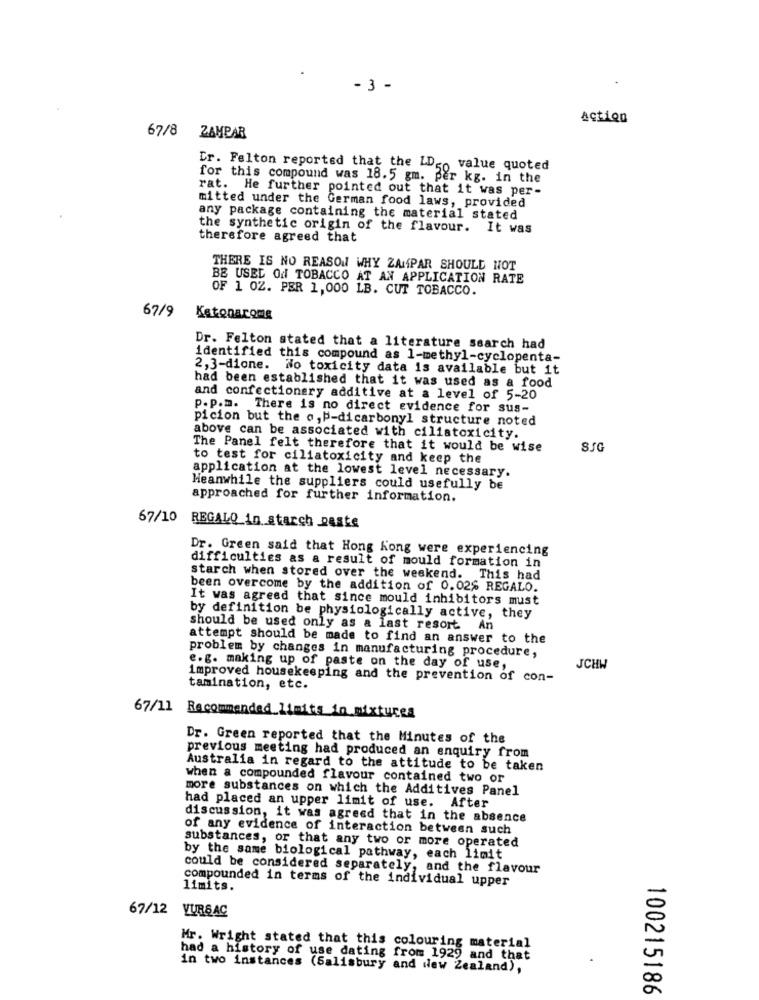
- 3 -
Action
67/8 ZAMPAR
Dr. Felton reported that the LD- value quoted
for this compound was 18.5 gm. per kg. in the
rat. He further pointed out that it was per-
mitted under the German food laws, provided
any package containing the material stated
the synthetic origin of the flavour. It was
therefore agreed that
THERE IS NO REASON WHY ZAMPAR SHOULD NOT
BE USEL Of TOBACCO AT AN APPLICATION RATE
OF 1 OZ. PER 1,000 LB. CUT TOBACCO.
67/9
Katonarome
Dr. Felton stated that a literature search had
identified this compound as 1-methyl-cyclopenta-
2,3-dione. No toxicity data is available but it
had been established that it was used as a food
and confectionery additive at a level of 5-20
p.p.m. There is no direct evidence for sus-
picion but the o, P-dicarbonyl structure noted
above can be associated with ciliatoxicity.
The Panel felt therefore that it would be wise
to test for ciliatoxicity and keep the
application at the lowest level necessary.
Meanwhile the suppliers could usefully be
approached for further information.
67/10
REGALO in starch paste
Dr. Green said that Hong Kong were experiencing
difficulties as a result of mould formation in
starch when stored over the weekend. This had
been overcome by the addition of 0.02% REGALO.
It was agreed that since mould inhibitors must
by definition be physiologically active, they
should be used only as a last resort An
attempt should be made to find an answer to the
problem by changes in manufacturing procedure,
e.g. making up of paste on the day of use,
JCHH
improved housekeeping and the prevention of con-
tamination, etc.
67/11 Recommended limits in mixtures
Dr. Green reported that the Minutes of the
previous meeting had produced an enquiry from
Australia in regard to the attitude to be taken
when a compounded flavour contained two or
more substances on which the Additives Panel
had placed an upper limit of use. After
discussion, it was agreed that in the absence
of any evidence of interaction between such
substances, or that any two or more operated
by the same biological pathway, each limit
could be considered separately, and the flavour
compounded in terms of the individual upper
limits.
67/12 VURSAC
Mr. Wright stated that this colouring material
had a history of use dating from 1929 and that
in two instances (Salisbury and New Zealand),
100215186